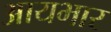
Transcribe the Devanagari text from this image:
आयभार